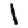
Digit: 1